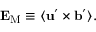
{ \bf { E } } _ { \mathrm { { M } } } \equiv \langle { { \bf { u } } ^ { \prime } \times { \bf { b } } ^ { \prime } } \rangle .